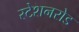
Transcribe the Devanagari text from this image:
स्टेशनरोड